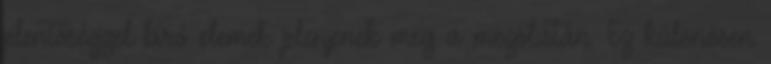
jelentőséggel bíró elemek jelenjenek meg a mezőlistán. Ez különösen